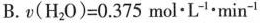
B.$$v ( H _ { 2 } O ) = 0 . 3 7 5 m o l \cdot L ^ { - 1 } \cdot m i n ^ { - 1 }$$